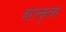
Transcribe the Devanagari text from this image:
वरान्कृत्वा